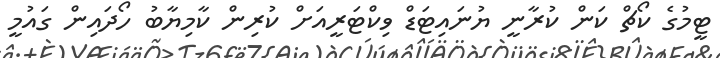
ޓީމުގެ ކޯޗް ކަން ކުރާނީ ޔުނައިޓަޑް ވިކްޓަރީއަށް ކުރިން ކާމިޔާބު ހޯދައިން ގައުމީ